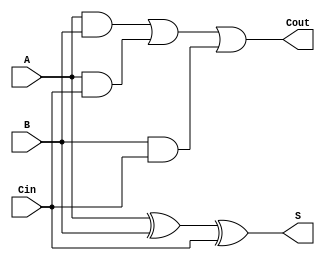
module full_adder(S, Cout, A, B, Cin);
    input A, B, Cin;
    output S, Cout;
    wire w1, w2, w3;

    xor Sresult(S, A, B, Cin);
    and A_and_B(w1, A, B);
    and A_and_Cin(w2, A, Cin);
    and B_and_Cin(w3, B, Cin);
    or Coutresult(Cout, w1, w2, w3);

endmodule